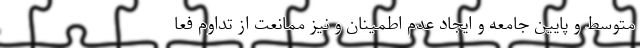
متوسط و پایین جامعه و ایجاد عدم اطمینان و نیز ممانعت از تداوم فعا